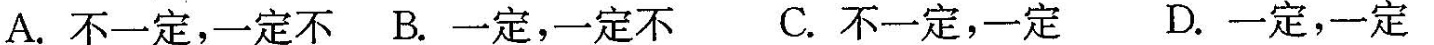
A.不一定，一定不B.一定，一定不C.不一定，一定D.一定，一定